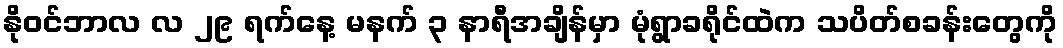
နိုဝင်ဘာလ လ ၂၉ ရက်နေ့ မနက် ၃ နာရီအချိန်မှာ မုံရွာခရိုင်ထဲက သပိတ်စခန်းတွေကို